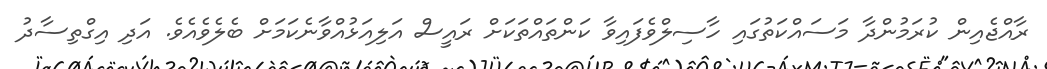
ރާއްޖެއިން ކުރަމުންދާ މަސައްކަތުގައި ހާސިލްވެފައިވާ ކަންތައްތަކަށް ރައީސް އަލިއަޅުއްވާނެކަމަށް ބެލެވެއެވެ. އަދި އިގްތިސާދު